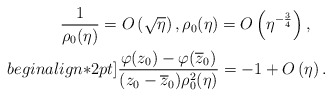
\begin{align*} \frac{1}{\rho_0(\eta)}=O\left(\sqrt\eta\right), \rho_0(\eta) = O\left(\eta^{-\frac34}\right), \quad\\begin{align*}2pt] \frac{\varphi(z_0) - \varphi(\overline z_0)}{(z_0 - \overline z_0)\rho_0^2(\eta)} =-1 + O\left(\eta\right). \end{align*}